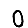
Digit: 0